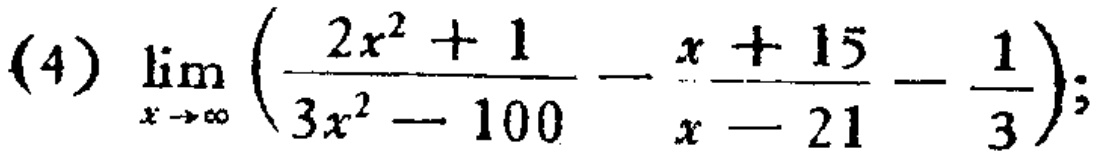
\((4)\ \lim_{x \to \infty} \left(\frac{2x^{2}+1}{3x^{2}-100}-\frac{x + 15}{x - 21}-\frac{1}{3}\right);\)